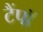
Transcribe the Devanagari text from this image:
टैंपॉ